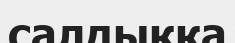
салдықка